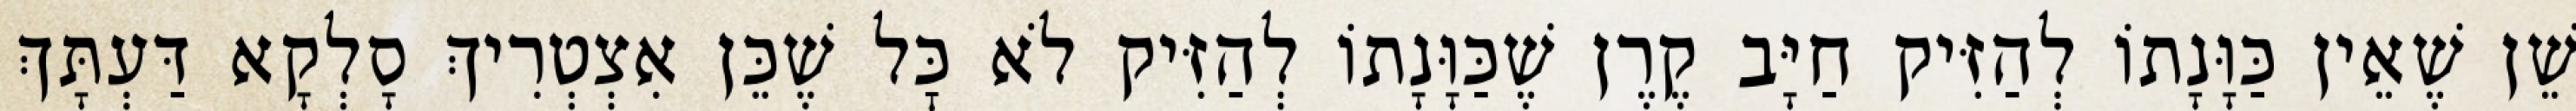
שֵׁן שֶׁאֵין כַּוָּנָתוֹ לְהַזִּיק חַיָּב קֶרֶן שֶׁכַּוָּנָתוֹ לְהַזִּיק לֹא כׇּל שֶׁכֵּן אִצְטְרִיךְ סָלְקָא דַּעְתָּךְ